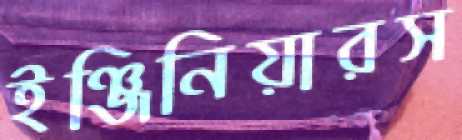
ইঞ্জিনিয়ারস